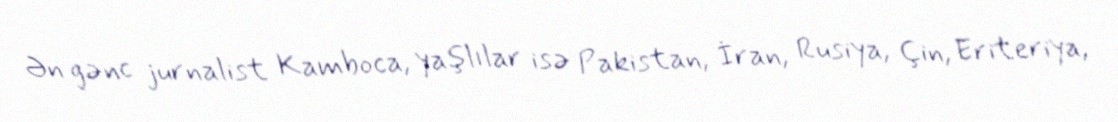
Ən gənc jurnalist Kamboca, yaşlılar isə Pakistan, İran, Rusiya, Çin, Eriteriya,